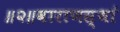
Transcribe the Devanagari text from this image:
॥२॥वाराणस्थां